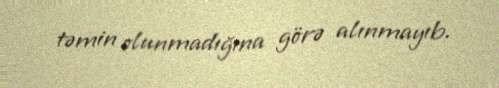
təmin olunmadığına görə alınmayıb.